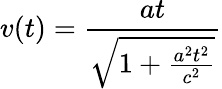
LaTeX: v(t)={\frac{at}{\sqrt{1+{\frac{a^{2}t^{2}}{c^{2}}}}}}